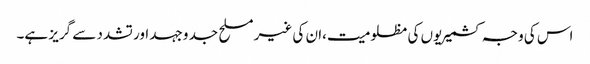
اس کی وجہ کشمیریوں کی مظلومیت،ان کی غیر مسلح جد وجہد اور تشدد سے گریز ہے۔